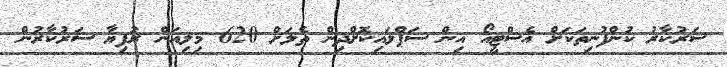
ސަރުކާރު ކުންފުނިތަކަށް އެސްޓީއޯ އިން ސަޕްލައިކޮށްދިން ތެލަށް 620 މިލިއަން ރުފިޔާ ސަރުކާރުން